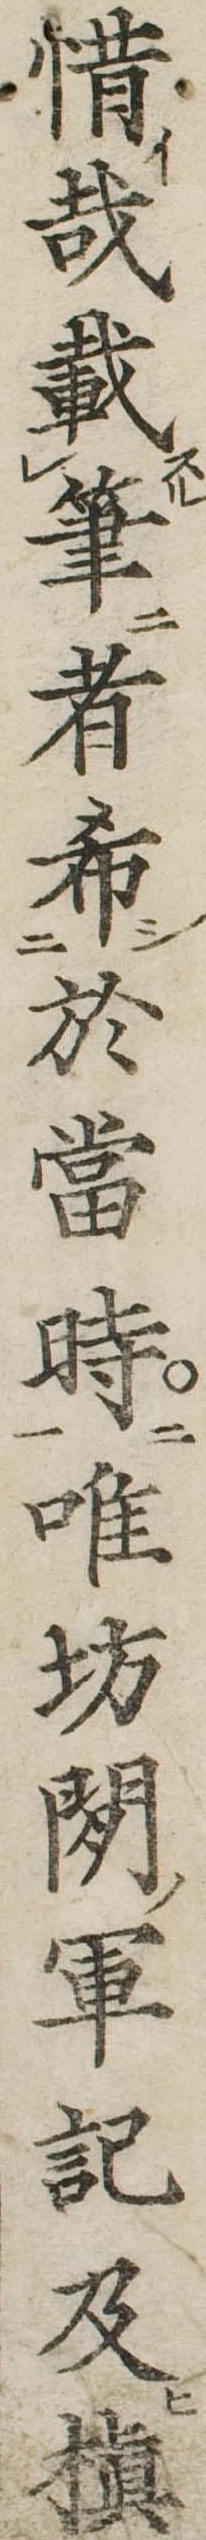
惜哉載筆者希於当時唯坊間軍記及槙